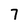
Character: 7